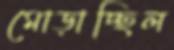
মোড়াচ্ছিল